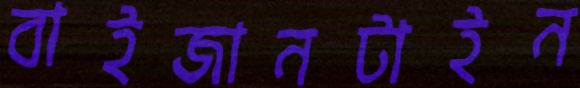
বাইজানটাইন